Vaccination in the Punjab 1919-1929 - 1919-1929
Year: 1919
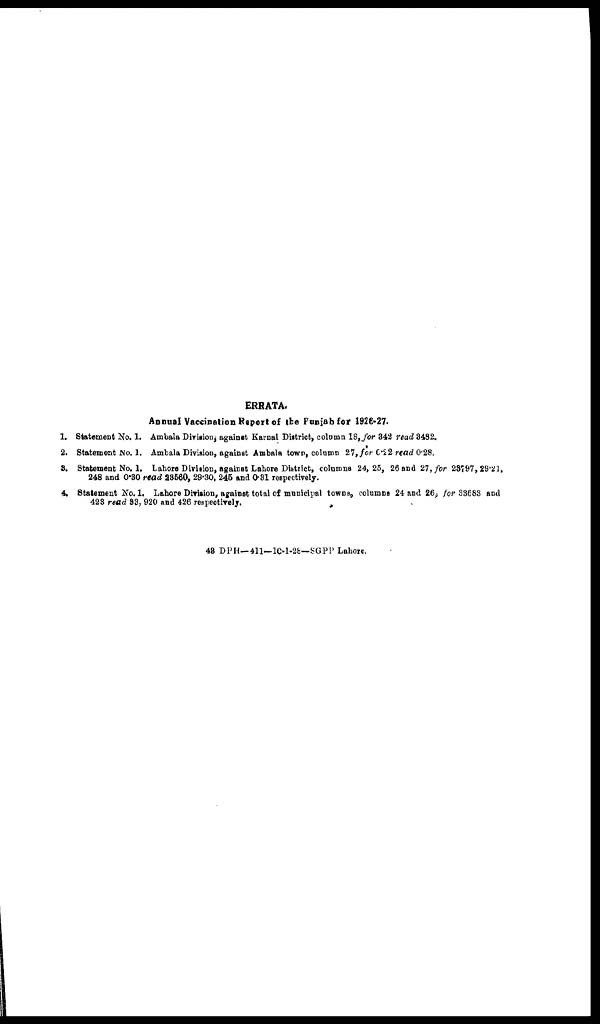
ERRATA.
Annual Vaccination Report of the Punjab for 1926-27.
1. Statement No. 1. Ambala Division, against Karnal District, column 18, for 342 read 3482.
2. Statement No. 1. Ambala Division, against Ambala town, column 27, for 0.22 read 0.28.
3. Statement No. 1. Lahore Division, against Lahore District, columns 24,25, 26 and 27, for 23797, 29.21,
248 and 0.30 read 23560, 29.30, 245 and 0.31 respectively.
4. Statement No. 1. Lahore Division, against total of municipal towns, columns 24 and 26, for 33683 and
423 read 33, 920 and 426 respectively.
43 DPH—411—10-1-28—SGPP Lahore.